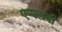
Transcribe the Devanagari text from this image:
एप्पलबी